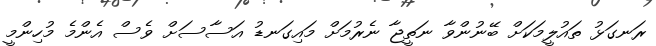
ރަނގަޅު ތައުލީމަކަށް ބޭނުންވާ ނަތީޖާ ނެރުމަށް މައިގަނޑު އަސާސަށް ވެސް އެންމެ މުހިންމީ